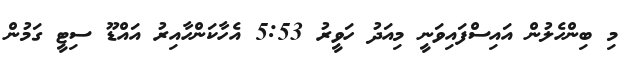
މި ބިންހެލުން އައިސްފައިވަނީ މިއަދު ހަވީރު 5:53 އެހާކަންހާއިރު އައްޑޫ ސިޓީ ގަމުން